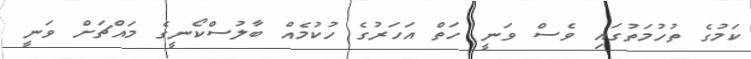
ކަމުގެ ތުހުމަތުގައި ވެސް ވަނީ ހަތް އަހަރުގެ ހުކުމެއް ބާލުސްކޯނީގެ މައްޗަށް ވަނީ